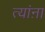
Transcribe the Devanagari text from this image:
त्यांऩा